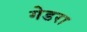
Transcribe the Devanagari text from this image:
गेडरा